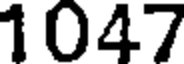
1047